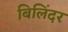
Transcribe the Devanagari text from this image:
बिलिंदर